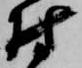
村